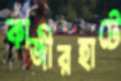
কাজীরহাটে